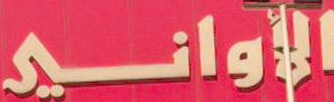
الأواني